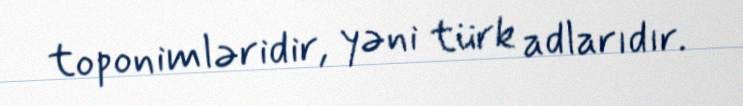
toponimləridir, yəni türk adlarıdır.